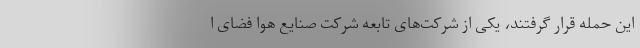
این حمله قرار گرفتند، یکی از شرکت‌های تابعه شرکت صنایع هوا فضای ا